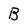
Character: B